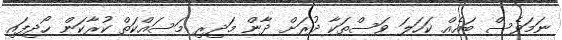
ނަމަވެސް ބައެއް ކަހަލަ ވަސްތަކާ ދުރަށް ދާން މަދިރި މަސައްކަތް ކުރާކަން ހޯދިފައި